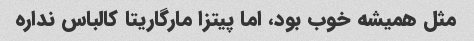
مثل همیشه خوب بود، اما پیتزا مارگاریتا کالباس نداره